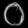
Digit: ၀